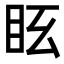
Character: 𥄆